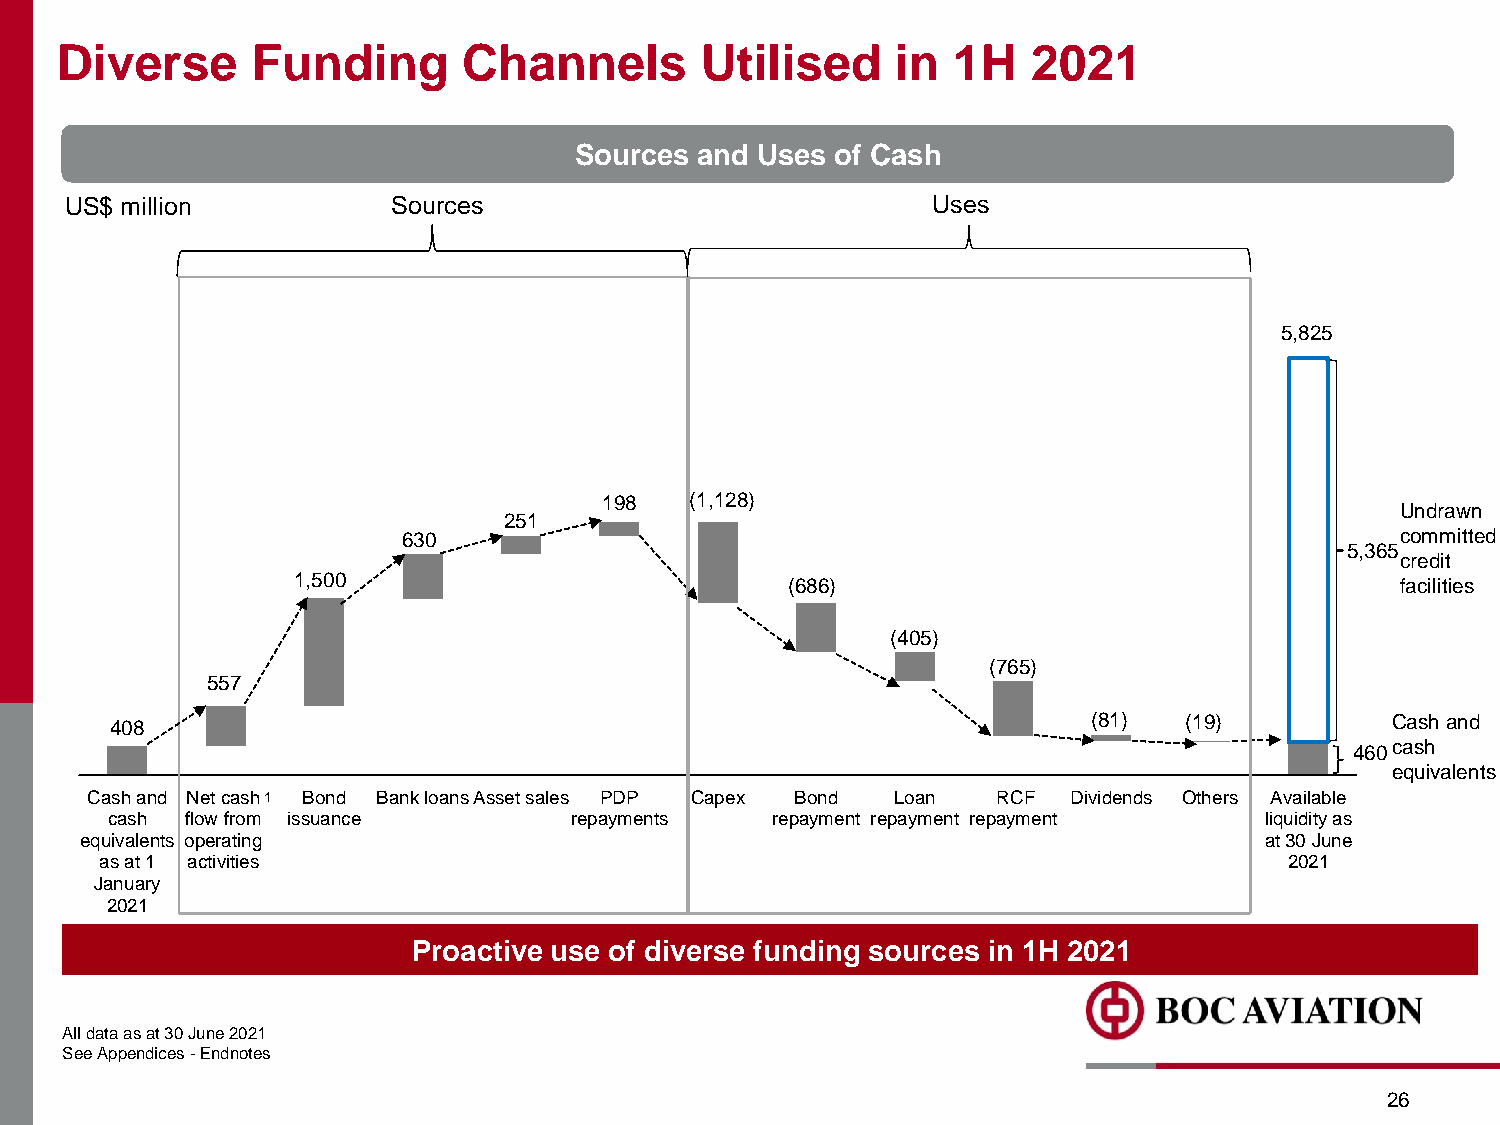
Diverse      Funding       Channels       Utilised     in  1H   2021
 Sources and Uses of Cash
 US$ million           Sources                             Uses
 5,825
 198   (1,128)
 Undrawn
 251
 630                                                               committed
 5,365
 credit
 1,500                            (686)                                    facilities
 (405)
 (765)
 557
 408                                                              (81)  (19)          Cash and
 cash
 460
 equivalents
 Cash and Net cash1 Bond Bank loansAsset sales PDP Capex Bond Loan RCF Dividends Others Available
 cash flow from issuance        repayments   repayment repayment repayment    liquidity as
 equivalents operating                                                          at 30 June
 as at 1 activities                                                            2021
 January
 2021
 Proactive use of diverse funding sources in 1H 2021
 Alldataasat30June2021
 SeeAppendices-Endnotes
 26